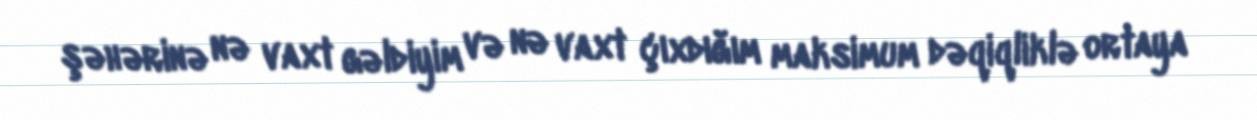
şəhərinə nə vaxt gəldiyim və nə vaxt çıxdığım maksimum dəqiqliklə ortaya